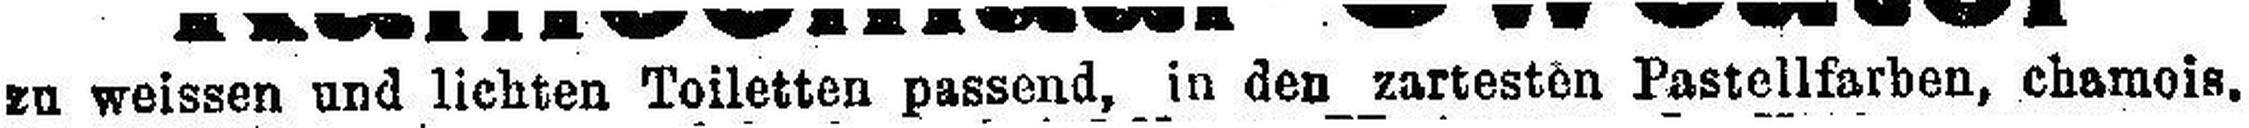
zu weissen und lichten Toiletten passend, in den zartesten Pastellfarben, chamois.